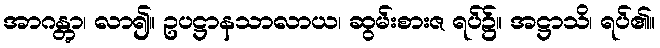
အာဂန္တွာ၊ လာ၍။ ဥပဋ္ဌာနသာလာယ၊ ဆွမ်းစားဇ ရပ်၌။ အဋ္ဌာသိ၊ ရပ်၏။